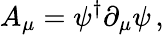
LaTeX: A_{\mu}=\psi^{\dagger}\partial_{\mu}\psi\, ,